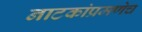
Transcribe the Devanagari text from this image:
नाटकांप्रमणेच